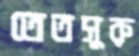
তেতসুরু